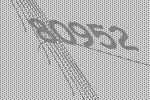
80952